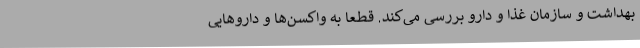
بهداشت و سازمان غذا و دارو بررسی می‌کند. قطعا به واکسن‌ها و داروهایی